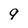
Character: 9